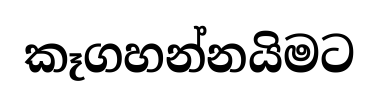
කෑගහන්නයිමට